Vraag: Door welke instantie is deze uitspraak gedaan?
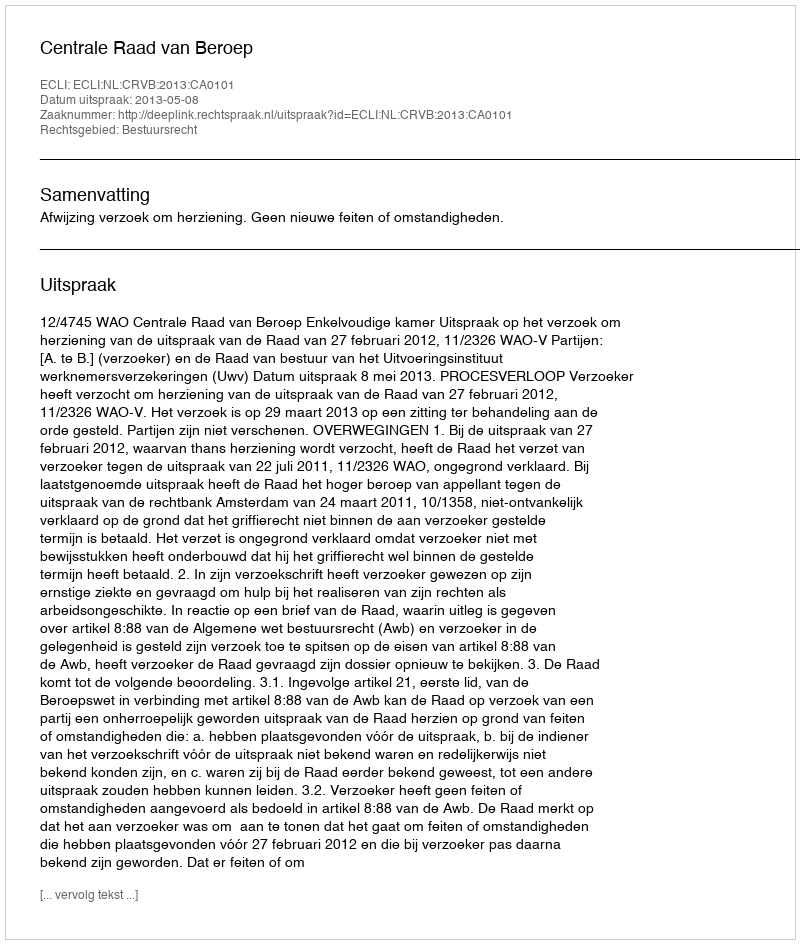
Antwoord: Centrale Raad van Beroep